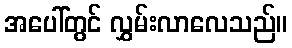
အပေါ်တွင် လွှမ်းလာလေသည်။